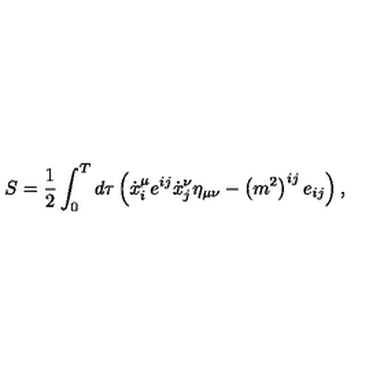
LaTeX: S = \frac 1 2 \int _ { 0 } ^ { T } d \tau \left( \dot { x } _ { i } ^ { \mu } e ^ { i j } \dot { x } _ { j } ^ { \nu } \eta _ { \mu \nu } - \left( m ^ { 2 } \right) ^ { i j } e _ { i j } \right) ,